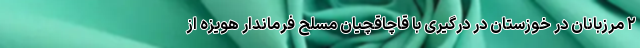
۲ مرزبانان در خوزستان در درگیری با قاچاقچیان مسلح فرماندار هویزه از